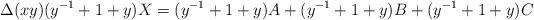
LaTeX: \begin{align*}\Delta(xy)(y^{-1}+1+y)X = (y^{-1}+1+y)A + (y^{-1}+1+y)B +(y^{-1}+1+y)C\end{align*}